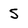
Character: 5